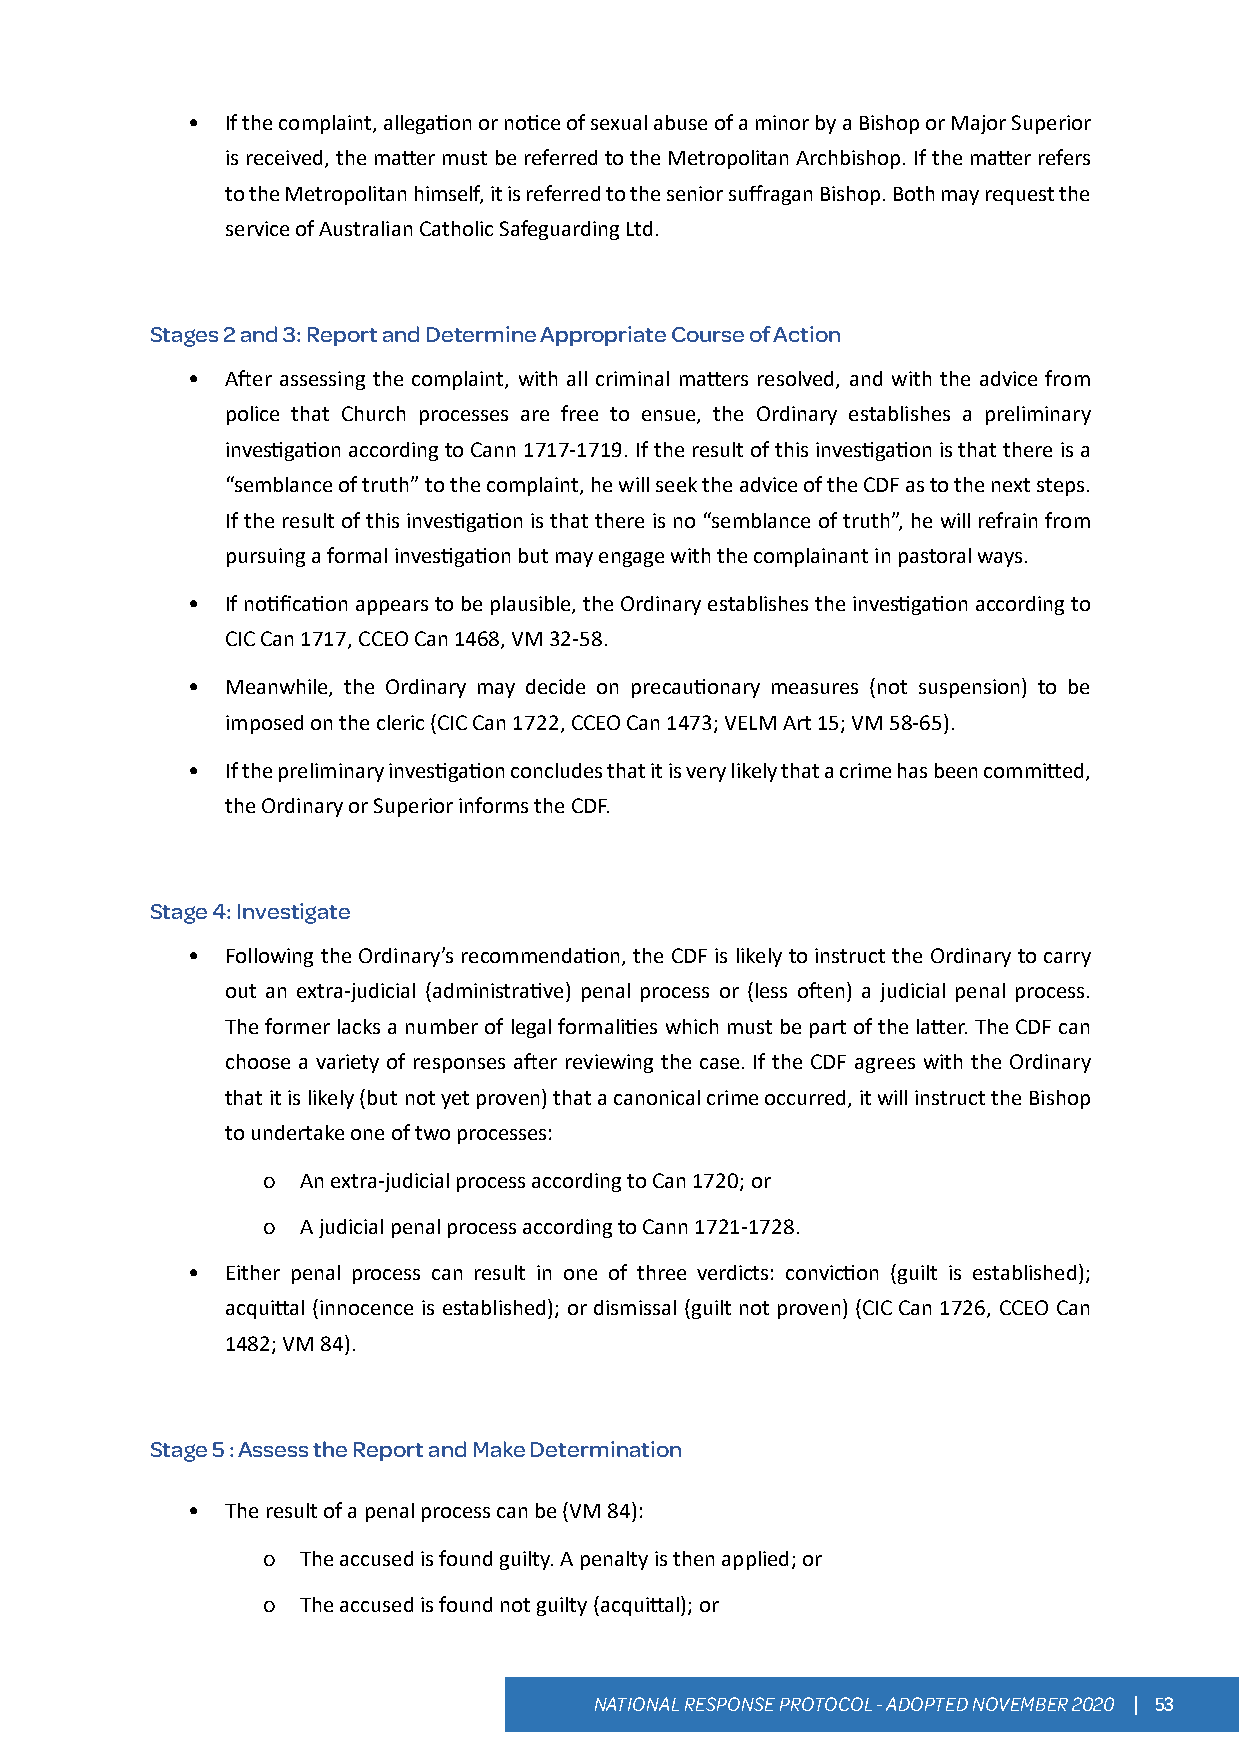
•  If the complaint, allegation or notice of sexual abuse of a minor by a Bishop or Major Superior
 is received, the matter must be referred to the Metropolitan Archbishop. If the matter refers
 to the Metropolitan himself, it is referred to the senior suffragan Bishop. Both may request the
 service of Australian Catholic Safeguarding Ltd.
 Stages 2 and 3: Report and Determine Appropriate Course of Action
 •  After assessing the complaint, with all criminal matters resolved, and with the advice from
 police that Church processes are free to ensue, the Ordinary establishes a preliminary
 investigation according to Cann 1717-1719. If the result of this investigation is that there is a
 “semblance of truth” to the complaint, he will seek the advice of the CDF as to the next steps.
 If the result of this investigation is that there is no “semblance of truth”, he will refrain from
 pursuing a formal investigation but may engage with the complainant in pastoral ways.
 •  If notification appears to be plausible, the Ordinary establishes the investigation according to
 CIC Can 1717, CCEO Can 1468, VM 32-58.
 •  Meanwhile, the Ordinary may decide on precautionary measures (not suspension) to be
 imposed on the cleric (CIC Can 1722, CCEO Can 1473; VELM Art 15; VM 58-65).
 •  If the preliminary investigation concludes that it is very likely that a crime has been committed,
 the Ordinary or Superior informs the CDF.
 Stage 4: Investigate
 •  Following the Ordinary’s recommendation, the CDF is likely to instruct the Ordinary to carry
 out an extra-judicial (administrative) penal process or (less often) a judicial penal process.
 The former lacks a number of legal formalities which must be part of the latter. The CDF can
 choose a variety of responses after reviewing the case. If the CDF agrees with the Ordinary
 that it is likely (but not yet proven) that a canonical crime occurred, it will instruct the Bishop
 to undertake one of two processes:
 o  An extra-judicial process according to Can 1720; or
 o  A judicial penal process according to Cann 1721-1728.
 •  Either penal process can result in one of three verdicts: conviction (guilt is established);
 acquittal (innocence is established); or dismissal (guilt not proven) (CIC Can 1726, CCEO Can
 1482; VM 84).
 Stage 5 : Assess the Report and Make Determination
 •  The result of a penal process can be (VM 84):
 o  The accused is found guilty. A penalty is then applied; or
 o  The accused is found not guilty (acquittal); or
 NATIONAL RESPONSE PROTOCOL - ADOPTED NOVEMBER 2020 | 53